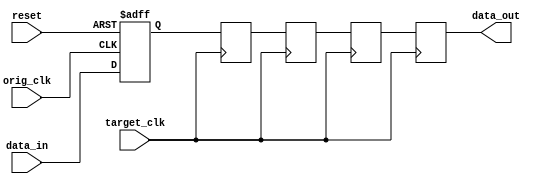
module four_flop_synchronizer (
    input wire orig_clk,
    input wire target_clk,
    input wire reset,
    input wire data_in,
    output reg data_out
);

reg [3:0] ff_data [0:3];

always @(posedge orig_clk or posedge reset) begin
    if (reset) begin
        ff_data[0] <= 4'b0;
    end else begin
        ff_data[0] <= data_in;
    end
end

genvar i;
generate
    for (i = 1; i < 4; i = i + 1) begin
        always @(posedge target_clk) begin
            ff_data[i] <= ff_data[i-1];
        end
    end
endgenerate

always @(posedge target_clk) begin
    data_out <= ff_data[3];
end

endmodule